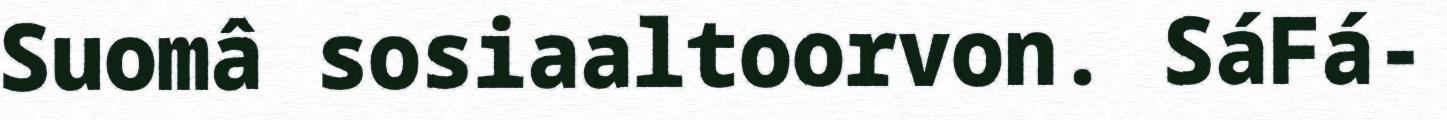
Suomâ sosiaaltoorvon. SáFá-